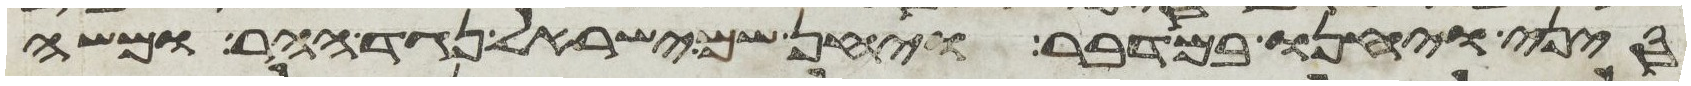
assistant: סיני ויחנו במדבר ויחן שם ישראל נגד ההר ומשה